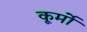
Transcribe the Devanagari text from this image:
कूर्मो